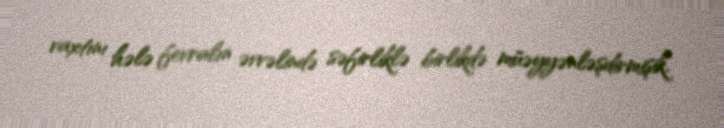
vaxtını hələ fevralın əvvəlində səfirliklə birlikdə müəyyənləşdirmişik.